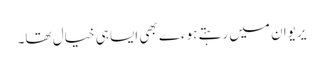
یریوان میں رہتے ہوءے بھی ایسا ہی خیال تھا۔